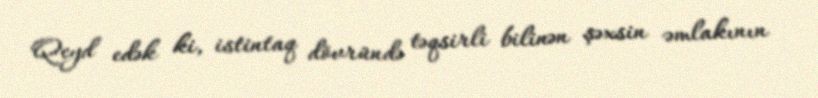
Qeyd edək ki, istintaq dövründə təqsirli bilinən şəxsin əmlakının